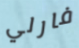
فارلي